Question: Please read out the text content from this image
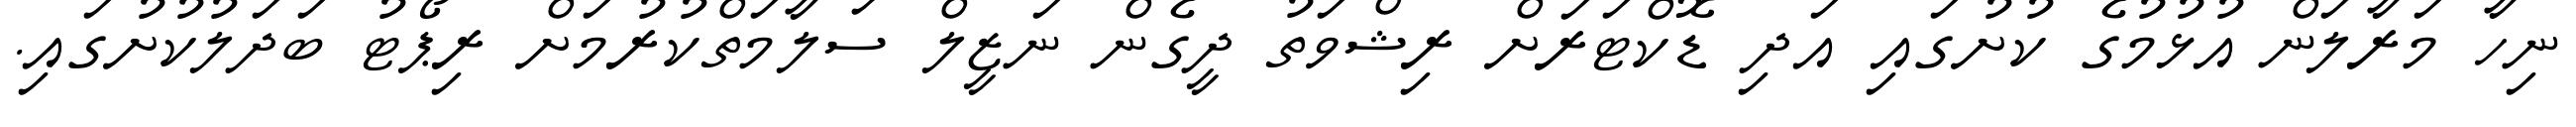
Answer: ނިހާ މަރާލަން އުޅުމުގެ ކުށުގައި އަދި ޑޮކްޓަރަށް ރިޝްވަތު ދީގެން ނަޒީލް ސަލާމަތްކުރުމަށް ރިޕޯޓު ބަދަލުކުށުގައި.